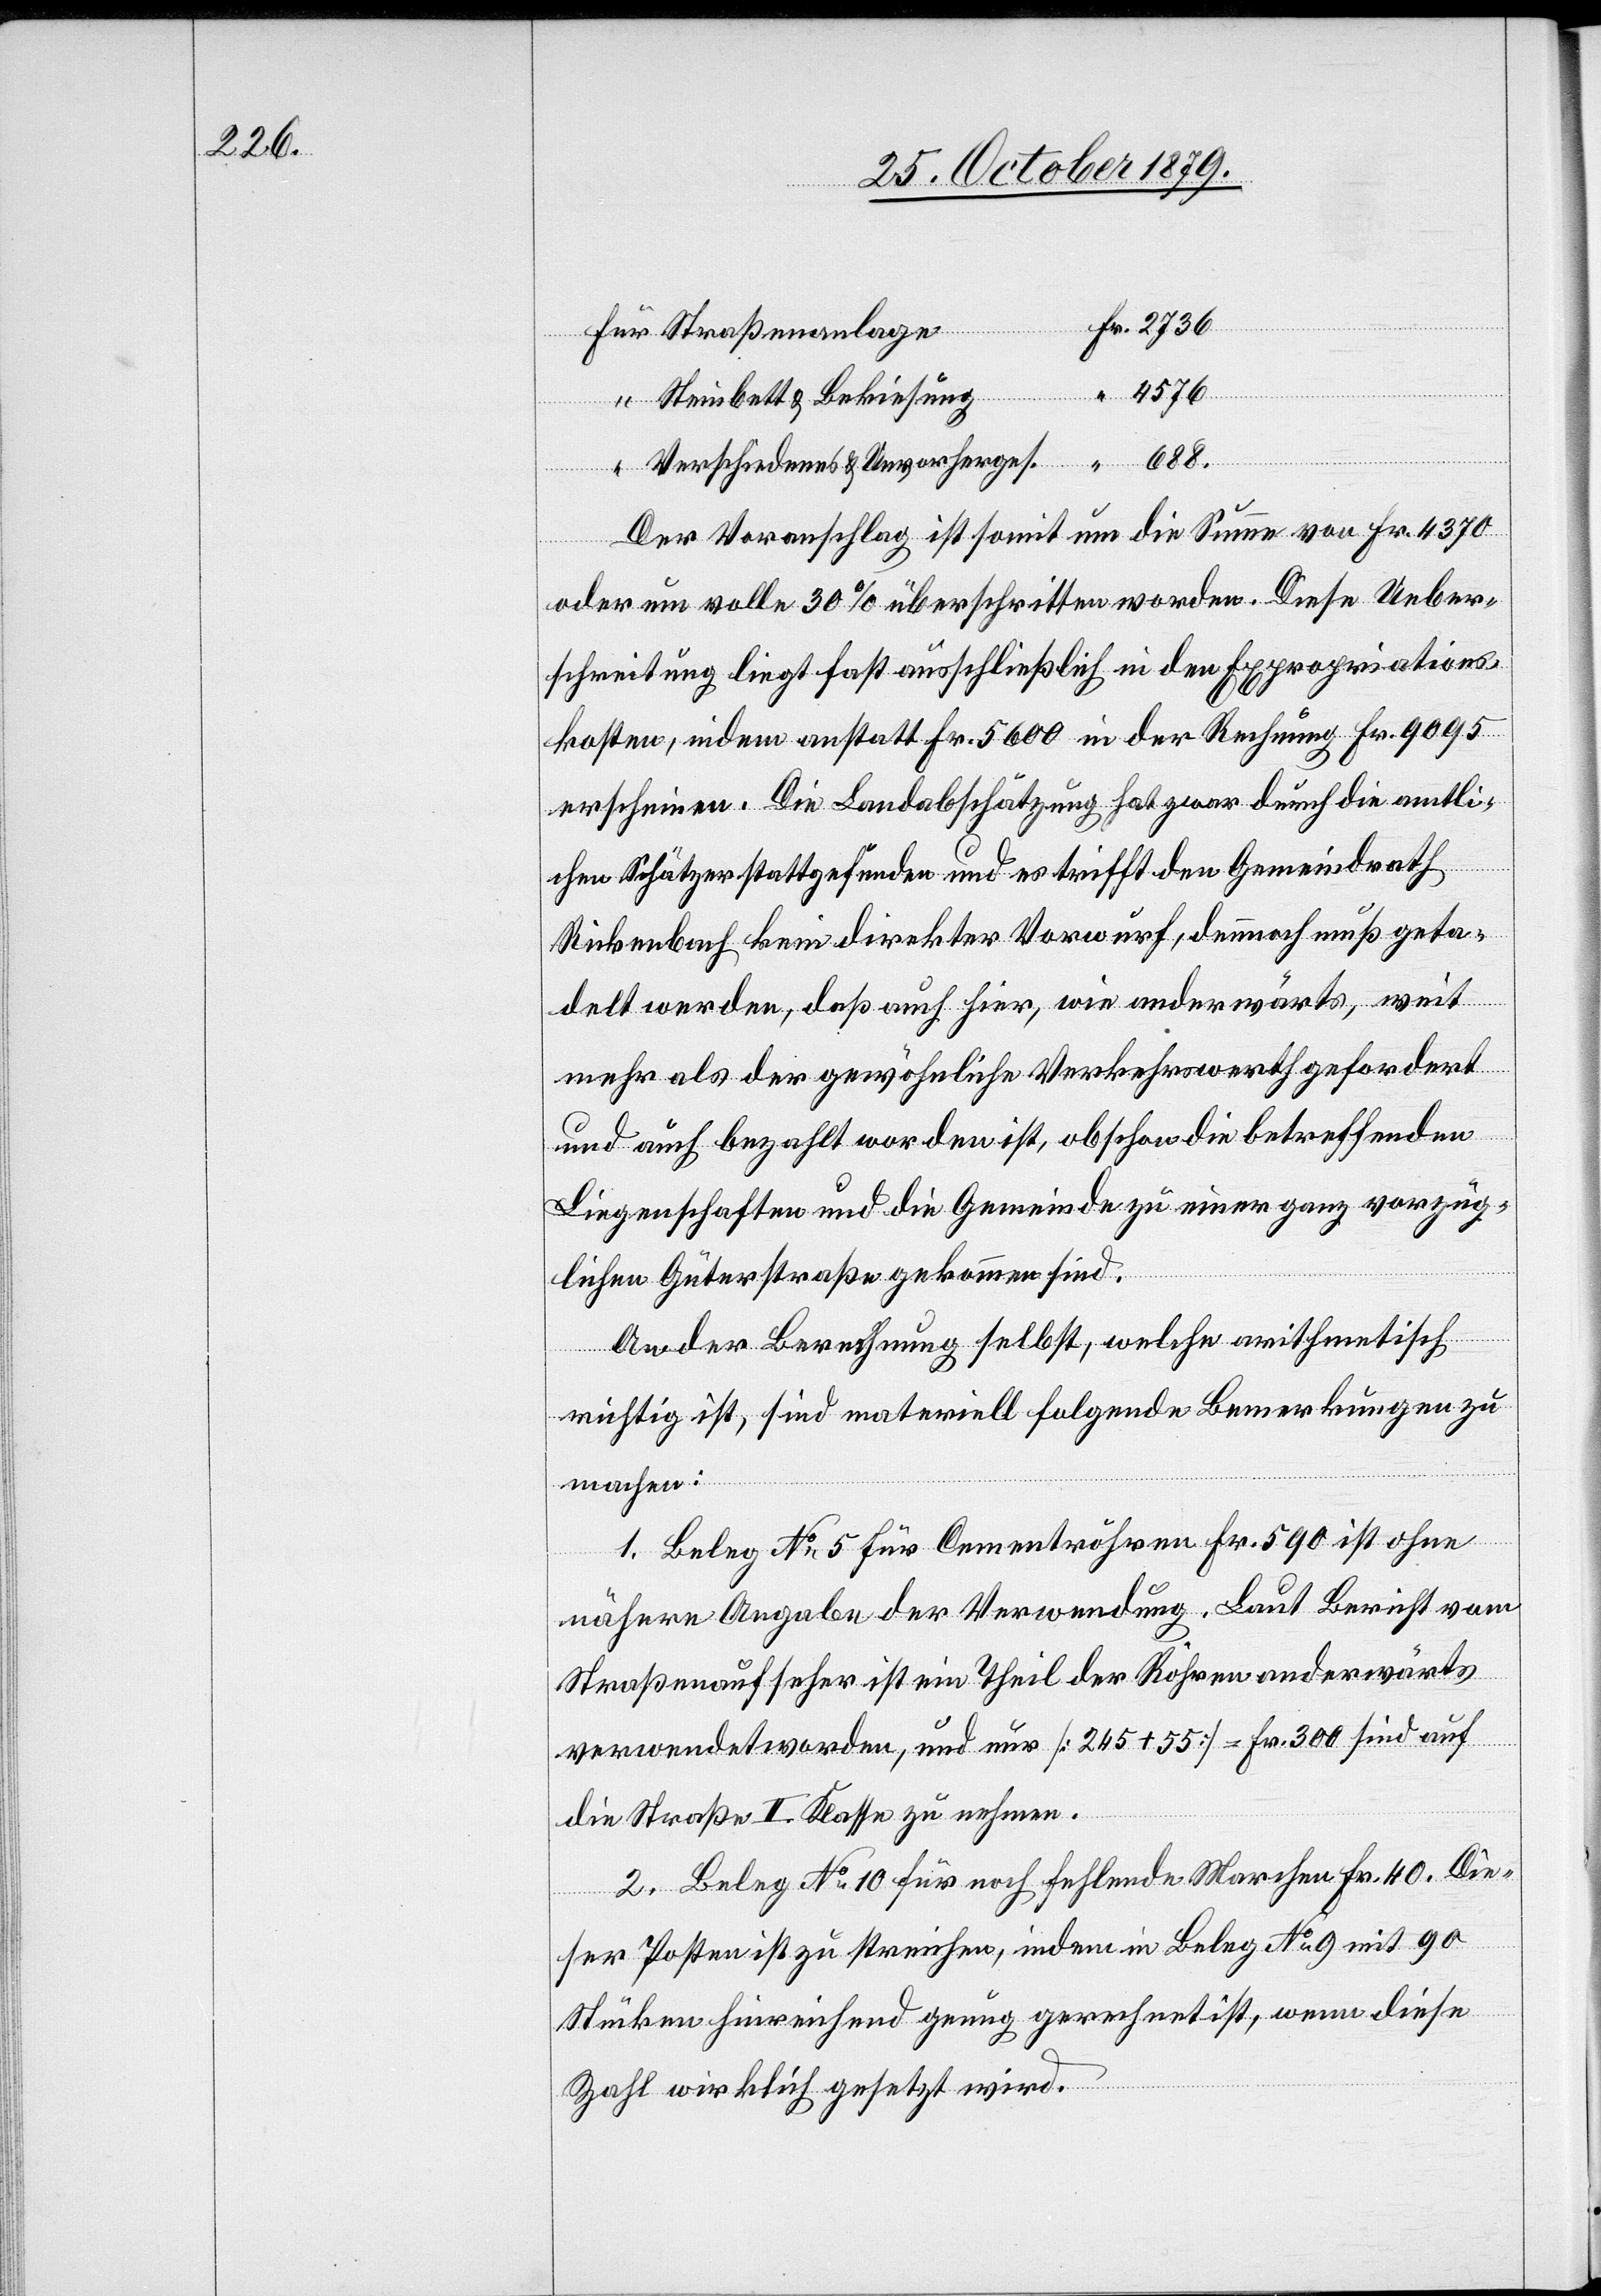
2736

4576
Steinbett & Bekiesung
Straße¬
nanlage
Verschiedenes & Unvorherges.
Der Voranschlag ist somit um die Summe von Fr. 4370
oder um volle 30 % überschritten worden. Diese Ueber¬
schreitung liegt fast ausschließlich in den Expropriations¬
kosten, indem anstatt Fr. 5600 in der Rechnung Fr. 9095
erscheinen. Die Landabschätzung hat zwar durch die amtli¬
chen Schätzer stattgefunden und es trifft den Gemeindrath
Rickenbach kein direkter Vorwurf, dennoch muß geta¬
delt werden, daß auch hier, wie anderwärts, weit
mehr als der gewöhnliche Verkehrswerth gefordert
und auch bezahlt worden ist, obschon die betreffenden
Liegenschaften und die Gemeinde zu einer ganz vorzüg¬
lichen Güterstraße gekommen sind.
An der Berechnung selbst, welche arithmetisch
richtig ist, sind materiell folgende Bemerkungen zu
machen:
1. Beleg No 5 für Cementröhren Fr. 590 ist ohne
nähere Angaben der Verwendung. Laut Bericht vom
Straßenaufseher ist ein Theil der Röhren anderwärts
verwendet worden, und nur [245 + 55] = Fr. 300 sind auf
die Straße II. Klasse zu nehmen.
2. Beleg No 10 für noch fehlende Marchen Fr. 40. Die¬
ser Posten ist zu streichen, indem in Beleg No 9 mit 90
Stücken hinreichend genug gerechnet ist, wenn diese
Zahl wirklich gesetzt wird.